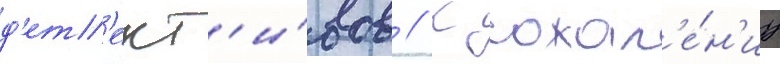
д'ет'ект'и́вов // К сожал'е́н'иу